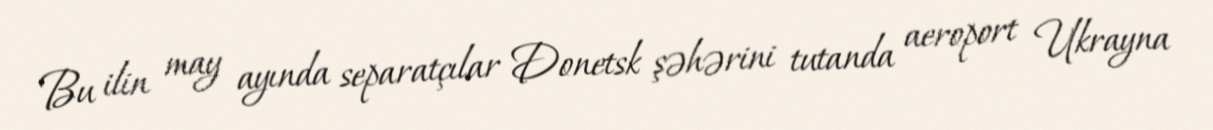
Bu ilin may ayında separatçılar Donetsk şəhərini tutanda aeroport Ukrayna